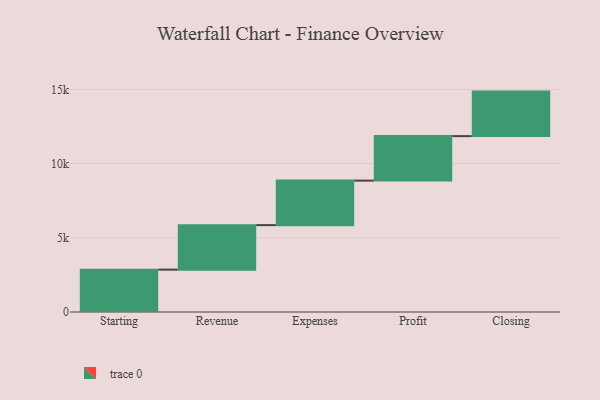
{"axis": {"x": "Step", "y": "Value"}, "legend": [""], "data": [{"x": "Starting", "y": 2855.0, "type": ""}, {"x": "Revenue", "y": 3000, "type": ""}, {"x": "Expenses", "y": 3000, "type": ""}, {"x": "Profit", "y": 3000, "type": ""}, {"x": "Closing", "y": 3000, "type": ""}]}